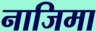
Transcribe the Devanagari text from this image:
नाजिमा